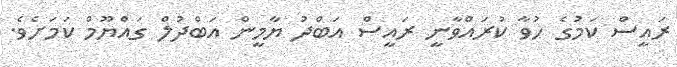
ރައީސް ކަމުގެ ހުވާ ކުރައްވާނީ ރައީސް އަބްދު ޔާމީން އަބްދުލް ގައްޔޫމް ކަމަށެވެ.